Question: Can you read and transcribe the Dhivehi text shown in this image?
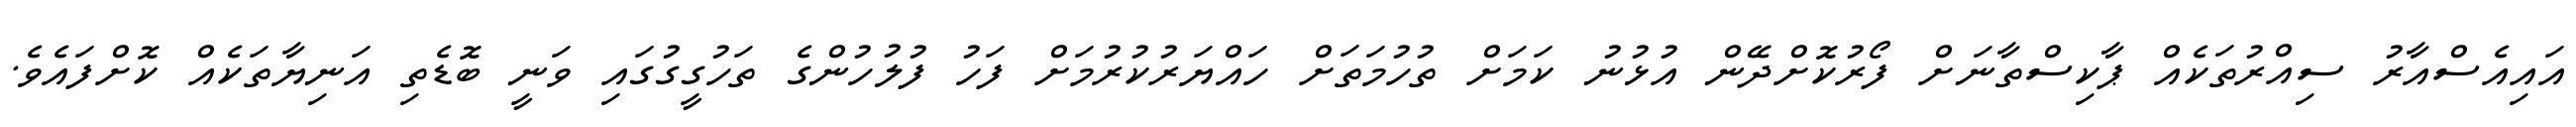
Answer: އައިއެސްއާރު ސިއްރުތަކެއް ޕާކިސްތާނަށް ފޯރުކޮށްދޭން އުޅުނު ކަމަށް ތުހުމަތަށް ހައްޔަރުކުރުމަށް ފަހު ފުލުހުންގެ ތަހުގީގުގައި ވަނީ ބޮޑެތި އަނިޔާތަކެއް ކޮށްފައެވެ.